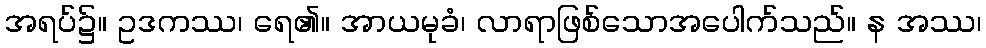
အရပ်၌။ ဥဒကဿ၊ ရေ၏။ အာယမုခံ၊ လာရာဖြစ်သောအပေါက်သည်။ န အဿ၊